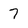
Character: 7